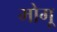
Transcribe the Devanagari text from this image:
मोगू